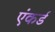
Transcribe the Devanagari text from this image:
एंकर्ड